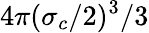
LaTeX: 4\pi(\sigma_{c}/2)^{3}/3